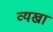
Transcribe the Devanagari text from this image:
व्यख्रा